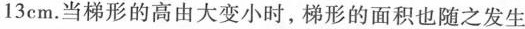
1 3cm.当梯形的高由大变小时，梯形的面积也随之发生